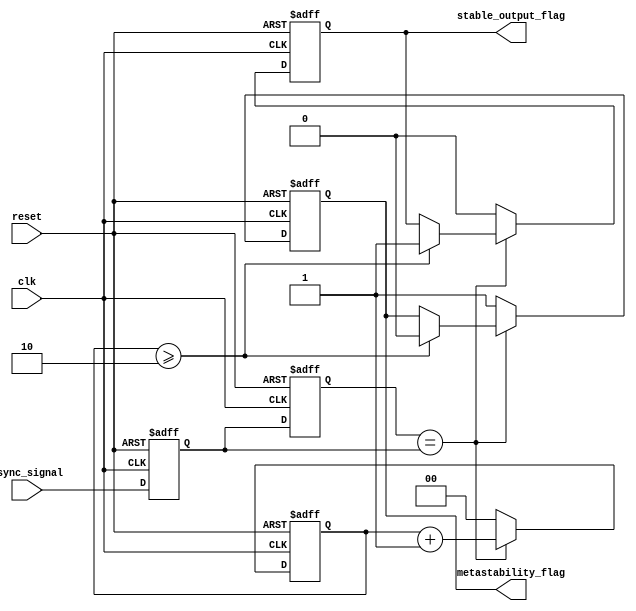
module metastability_detector (
    input wire clk,               // Clock signal
    input wire reset,             // Reset signal
    input wire async_signal,      // Asynchronous input signal
    output reg metastability_flag, // Metastability detected flag
    output reg stable_output_flag  // Stable output flag
);

    // Internal signals for latches
    reg latch1_out;
    reg latch2_out;

    // Parameters for timing analysis
    parameter STABLE_THRESHOLD = 2; // Number of clock cycles to consider stable

    // State variables for timing analysis
    reg [1:0] stable_counter; // Counter for stable output detection

    // Latch 1: Sample the asynchronous signal
    always @(posedge clk or posedge reset) begin
        if (reset) begin
            latch1_out <= 1'b0;
        end else begin
            latch1_out <= async_signal;
        end
    end

    // Latch 2: Sample the output of latch 1
    always @(posedge clk or posedge reset) begin
        if (reset) begin
            latch2_out <= 1'b0;
        end else begin
            latch2_out <= latch1_out;
        end
    end

    // Metastability detection logic
    always @(posedge clk or posedge reset) begin
        if (reset) begin
            metastability_flag <= 1'b0;
            stable_output_flag <= 1'b0;
            stable_counter <= 2'b00;
        end else begin
            // Check if latch2_out is stable
            if (latch2_out == latch1_out) begin
                stable_counter <= stable_counter + 1;
                if (stable_counter >= STABLE_THRESHOLD) begin
                    stable_output_flag <= 1'b1; // Signal is stable
                    metastability_flag <= 1'b0;  // No metastability detected
                end
            end else begin
                stable_counter <= 2'b00; // Reset counter if not stable
                metastability_flag <= 1'b1; // Metastability detected
                stable_output_flag <= 1'b0; // Signal is not stable
            end
        end
    end

endmodule